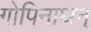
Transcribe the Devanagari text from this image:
गोपिनाथन्